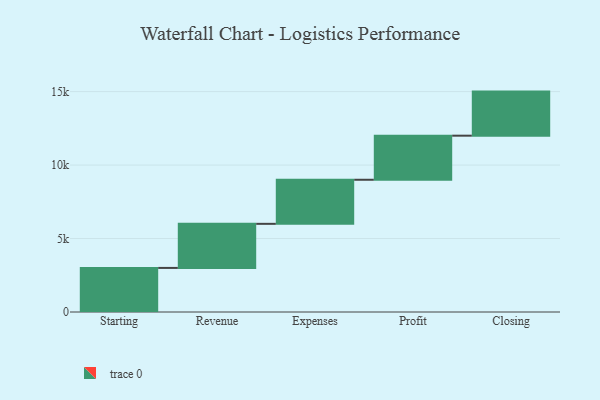
{"axis": {"x": "Step", "y": "Value"}, "legend": [""], "data": [{"x": "Starting", "y": 3000, "type": ""}, {"x": "Revenue", "y": 3000, "type": ""}, {"x": "Expenses", "y": 3000, "type": ""}, {"x": "Profit", "y": 3000, "type": ""}, {"x": "Closing", "y": 3000, "type": ""}]}